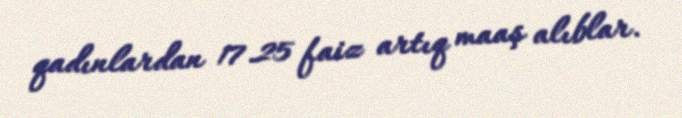
qadınlardan 17.25 faiz artıq maaş alıblar.